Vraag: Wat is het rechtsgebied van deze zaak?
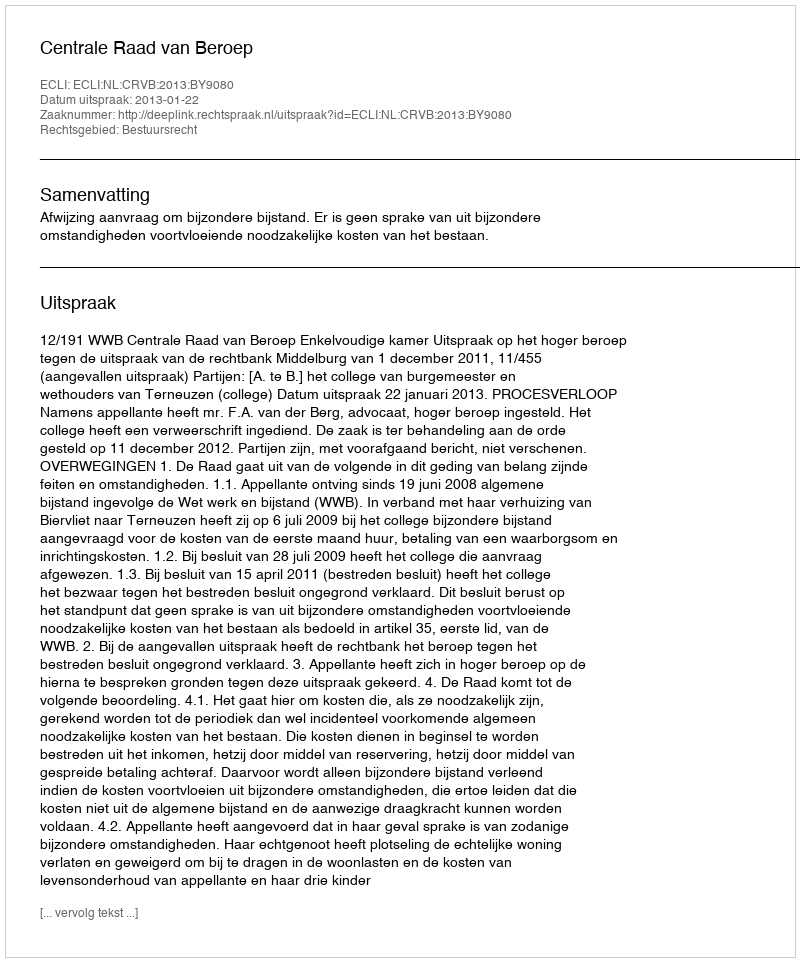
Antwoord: Bestuursrecht